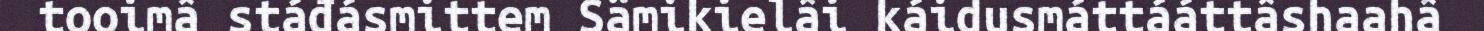
tooimâ stáđásmittem Sämikielâi káidusmáttááttâshaahâ